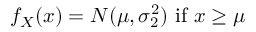
f _ { X } ( x ) = N ( \mu , \sigma _ { 2 } ^ { 2 } ) { \mathrm { ~ i f ~ } } x \geq \mu